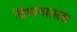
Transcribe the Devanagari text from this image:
विभागातला